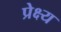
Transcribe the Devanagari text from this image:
प्रेक्ष्य